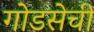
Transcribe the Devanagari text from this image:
गोडसेची